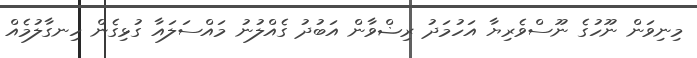
މިނިވަން ނޫހުގެ ނޫސްވެރިޔާ އަހުމަދު ރިޟްވާން އަބުދު ގެއްލުނު މައްސަލައާ ގުޅިގެން ހިނގާލުމެއް